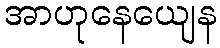
အာဟုနေယျေန